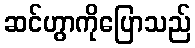
ဆင်ဟွာကိုပြောသည်